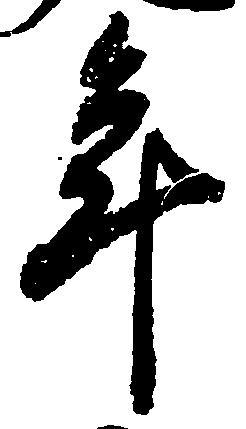
年